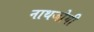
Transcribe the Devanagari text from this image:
नाथजोगी